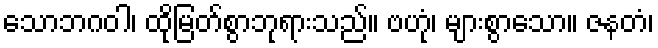
သောဘဂဝါ၊ ထိုမြတ်စွာဘုရားသည်။ ဗဟုံ၊ များစွာသော။ ဇနတံ၊